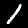
Digit: 1